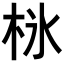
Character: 𣐚